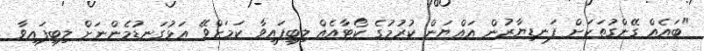
"ބައެއް ގޭންގުތަކަށް ފަނޑިޔާރުން އައްޔަން ކުރުމުގެ ކޯޓާއެއް ލިބިފައިވާ ކަމަށްވޭ އަޅުގަނޑުމެންނަށް ލިބިފައިވާ